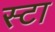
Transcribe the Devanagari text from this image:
स्टा